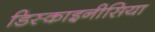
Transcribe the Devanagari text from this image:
डिस्काइनीसिया